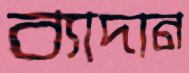
ব্যাদান